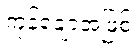
ကုန်ချောအဖြစ်